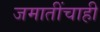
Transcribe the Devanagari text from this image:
जमातींचाही